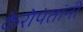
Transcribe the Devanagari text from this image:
केरोपंतांनी